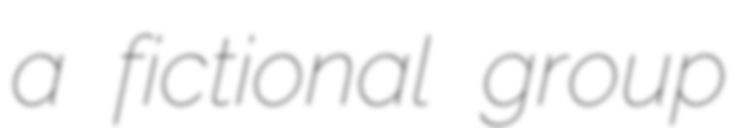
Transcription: a fictional group